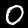
Digit: 0